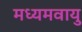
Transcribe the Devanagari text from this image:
मध्यमवायु